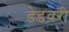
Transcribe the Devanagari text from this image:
डेडवरी